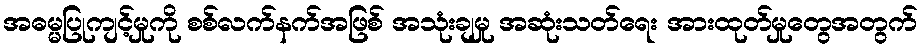
အဓမ္မပြုကျင့်မှုကို စစ်လက်နက်အဖြစ် အသုံးချမှု အဆုံးသတ်ရေး အားထုတ်မှုတွေအတွက်